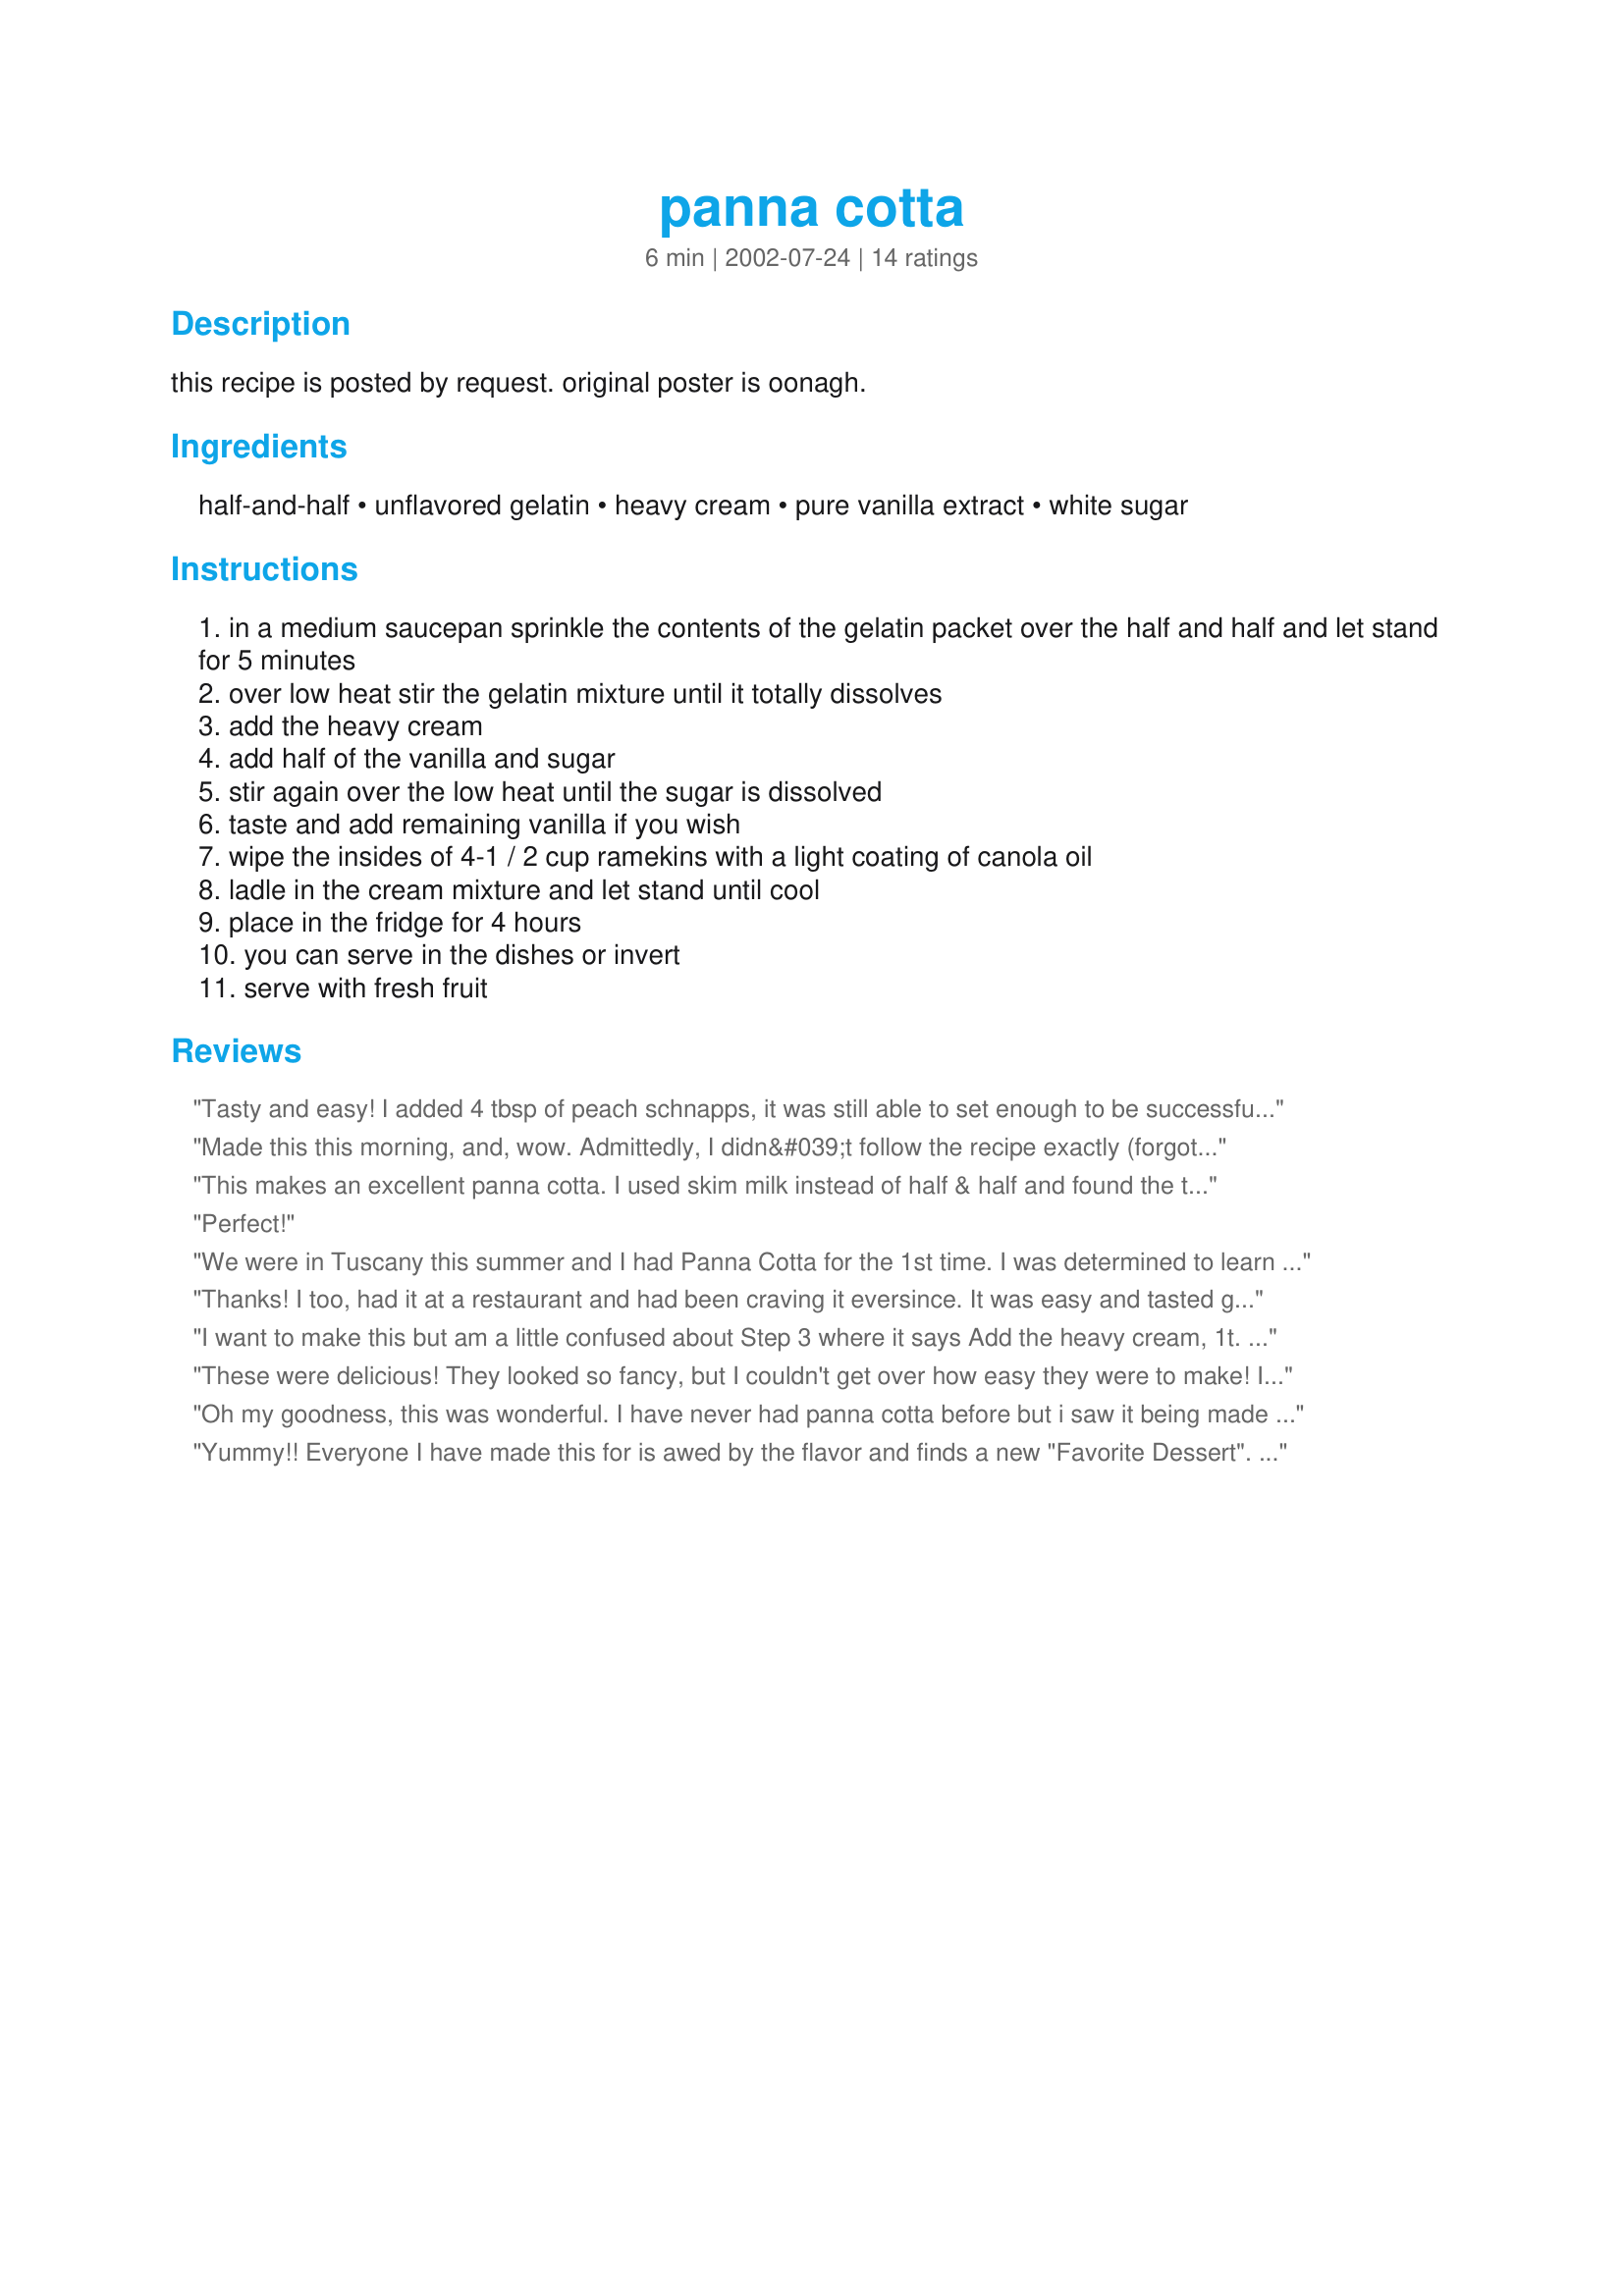
panna cotta
Preparation time: 6 minutes

this recipe is posted by request. original poster is oonagh.

Ingredients:
half-and-half, unflavored gelatin, heavy cream, pure vanilla extract, white sugar

Steps:
in a medium saucepan sprinkle the contents of the gelatin packet over the half and half and let stand for 5 minutes
over low heat stir the gelatin mixture until it totally dissolves
add the heavy cream
add half of the vanilla and sugar
stir again over the low heat until the sugar is dissolved
taste and add remaining vanilla if you wish
wipe the insides of 4-1 / 2 cup ramekins with a light coating of canola oil
ladle in the cream mixture and let stand until cool
place in the fridge for 4 hours
you can serve in the dishes or invert
serve with fresh fruit

Reviews:
Tasty and easy! I added 4 tbsp of peach schnapps, it was still able to set enough to be successfully inverted.
Made this this morning, and, wow. Admittedly, I didn&#039;t follow the recipe exactly (forgot to buy vanilla, subbed almond extract instead) but it&#039;s still delicious. Next time I&#039;ll have vanilla and do it right lol.
This makes an excellent panna cotta. I used skim milk instead of half & half and found the texture to be fine. A bit sweet, so I might cut back on the sugar next time. The perfect dessert for a hot July night!
Perfect!
We were in Tuscany this summer and I had Panna Cotta for the 1st time. I was determined to learn to make it when I came home. Your recipe is IT!!!, and so easy to make. I've been serving it with a garnish combination of raspberries and blackberries. Many thanks!
Thanks! I too, had it at a restaurant and had been craving it eversince. It was easy and tasted great. Cured the craving.
I want to make this but am a little confused about Step 3 where it says Add the heavy cream, 1t. It says it uses 2 cups of heavy cream. What does the 1t. mean?
These were delicious! They looked so fancy, but I couldn't get over how easy they were to make! I served topped with berries and a little bit of lemon and everyone loved them. Delicious and beautifully soft and sweet!
Oh my goodness, this was wonderful. I have never had panna cotta before but i saw it being made on tv and thought it looked interesting so i thought i'd give it a try.

I halved the amount of sugar, and replaced some of the heavy cream with milk as suggested by another reviewer. I also used a jarred Dulche de Leche sauce on the bottom of some of the cups and strawberry/rhubarb jam on the bottom of others.

This was so easy to make and the recipe seems VERY versatile. Next time i am going to flavour with Creme de Cacao and Creme de menthe for a grasshopper panna cotta with a kick.

Thanx for sharing this recipe, it's a keeper.
Yummy!! Everyone I have made this for is awed by the flavor and finds a new "Favorite Dessert". I have fixed this adding frozen berries into it before chillinging, and what wonderful way to have "Berries & Cream". (One of the engineers I work with always goes off his diet if he see's me bring this into work.)
Jules
Wow Diana! My girlfriends & I went for a fancy dinner a few weeks ago & finished it off with panna cotta. We've been craving it ever since. I got your recipe, went shopping & followed it exactly. Before ladeling it into the dishes, I spread a caramel dip on the bottom (as the restaurant had done). It makes for a pleasant surprise on the bottom;) It turned out EXCELLENT! Thank you.
This recipe was so easy. I made is for Thanksgiving dessert instead of the traditional boring pumpkin pie and it was great. It was quite rich though- I might subract some of the heavy cream and add regular milk and take out maybe 1 tbsp of sugar next time I make it. It sure was good though!
Quick, easy, & delicious! We've never had Panna Cotta before so browsing zaar we chose this one. I used all half-and-half and 1 1/2 tsp vanilla. Next time, I will use just 1 tsp vanilla and less sugar (1/4 cup perhaps) as it is very sweet. We had ours plain but felt it definitely needs something to compliment it (reviews of caramel sauce or jam sound great). A keeper recipe, thanks so much for sharing. :)
Loved this recipe! Needed a quick, easy, but tasty dessert for a casual, italian dinner with friends. I simply did not make enough, everyone raved about this dish! Let set then served in decorative stemmed glass with chilled spoons. I did take the suggestion of spreading caramel on the bottom before ladling cream mixture. I topped with mixture of fresh berries. This recipe is well worth a try! Thanks DiB.
